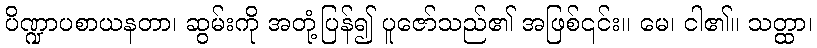
ပိဏ္ဍာပစာယနတာ၊ ဆွမ်းကို အတုံ့ပြန်၍ ပူဇော်သည်၏ အဖြစ်၎င်း။ မေ၊ ငါ၏။ သတ္ထာ၊